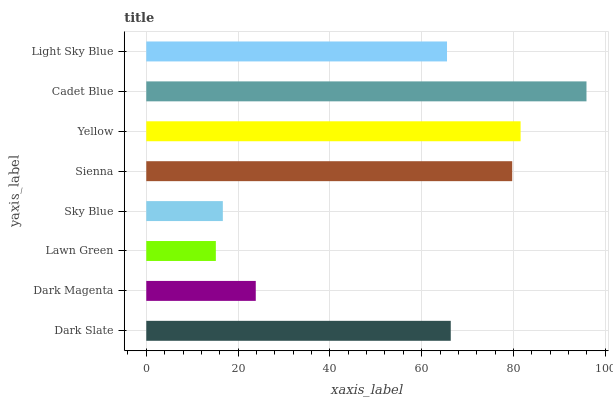
| yaxis_label | bars |
 | --- | --- |
 | Dark Slate | 66.3 |
 | Dark Magenta | 23.9 |
 | Lawn Green | 15.2 |
 | Sky Blue | 16.7 |
 | Sienna | 79.7 |
 | Yellow | 81.6 |
 | Cadet Blue | 95.9 |
 | Light Sky Blue | 65.5 |